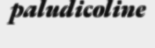
paludicoline